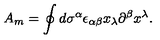
A _ { m } = \oint d \sigma ^ { \alpha } \epsilon _ { \alpha \beta } x _ { \lambda } \partial ^ { \beta } x ^ { \lambda } .